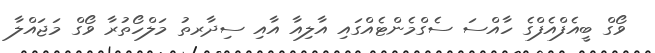
ވޯގް ބީއެފްއެފްގެ ހާއްސަ ސެގްމެންޓެއްގައި އާލިއާ އާއި ސިދާރތު މަލްހޯތުރާ ވޯގް މަޖައްލާ